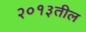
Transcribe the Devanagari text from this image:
२०१३तील